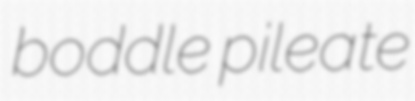
boddle pileate